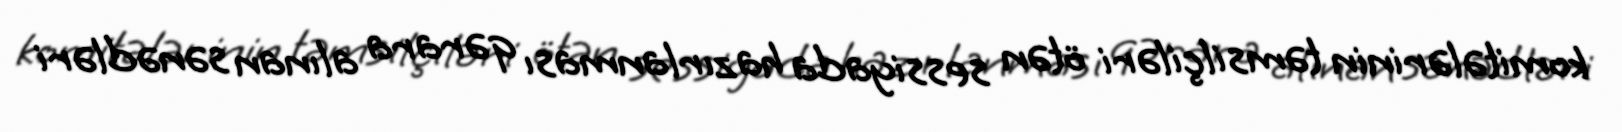
komitələrinin təmsilçiləri ötən sessiyada hazırlanması qərara alınan sənədləri